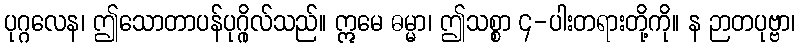
ပုဂ္ဂလေန၊ ဤသောတာပန်ပုဂ္ဂိုလ်သည်။ ဣမေ ဓမ္မာ၊ ဤသစ္စာ ၄-ပါးတရားတို့ကို။ န ဉာတပုဗ္ဗာ၊